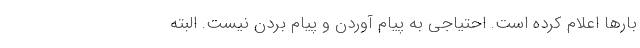
بارها اعلام کرده است. احتیاجی به پیام آوردن و پیام بردن نیست. البته